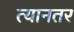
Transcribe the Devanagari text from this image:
त्यानतर